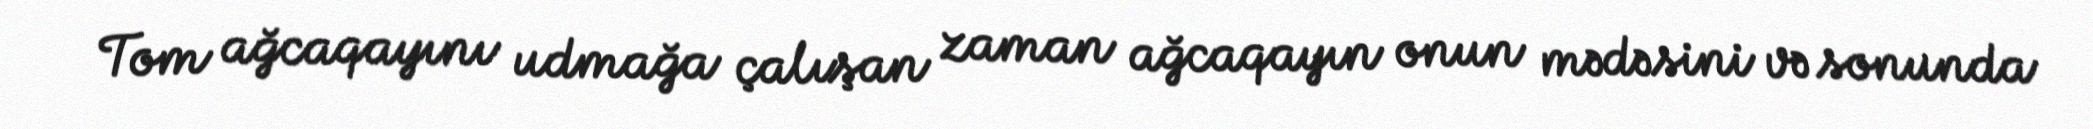
Tom ağcaqayını udmağa çalışan zaman ağcaqayın onun mədəsini və sonunda